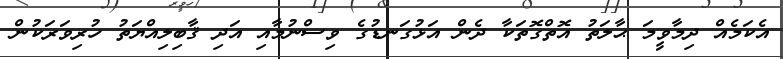
އެކަމެއް ދިމާވީމަ ޙާލަތު އޮތްގޮތަކާ ދެން އަޅުގަނޑުގެ ވިސްނުމާއި އަދި ޤާބިލިއްޔަތު ހުރިވަރަކުން